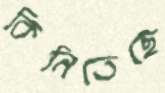
কিনিতেছে